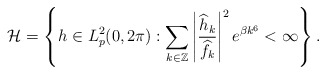
\begin{align*}\mathcal{H}=\left\{h\in L^2_p(0,2\pi):\displaystyle\sum_{k\in\mathbb{Z}}\left|\frac{\widehat{h}_k}{\widehat{f}_k}\right|^2e^{\beta k^6}<\infty \right\}.\end{align*}